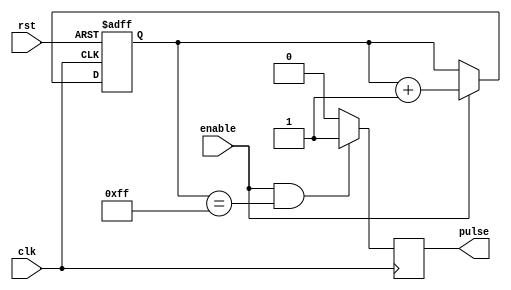
module pulse_generator (
    input wire clk,
    input wire rst,
    input wire enable,
    output reg pulse
);

reg [15:0] count;

always @(posedge clk or posedge rst) begin
  if (rst)
    count <= 16'b0; // Initialize count to zero on reset
  else if (enable)
    count <= count + 1; // Increment count on each clock cycle
end

always @(posedge clk) begin
  if (enable && count == 8'hFF) // Set pulse width to 256 clocks
    pulse <= 1'b1;
  else
    pulse <= 1'b0;
end

endmodule